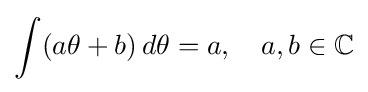
\int (a\theta +b)\,d\theta =a,\quad a,b\in \mathbb {C}